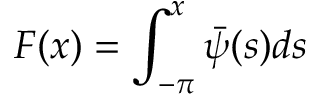
F ( x ) = \int _ { - \pi } ^ { x } \bar { \psi } ( s ) d s